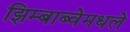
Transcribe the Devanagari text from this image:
झिम्बाब्वेमधले